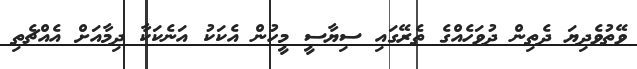
ވޭތުވެދިޔަ ދެތިން ދުވަހެއްގެ ތެރޭގައި ސިޔާސީ މީހުން އެކަކު އަނެކަކާ ދިމާއަށް އެއްޗެތި